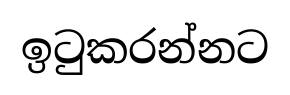
ඉටුකරන්නට